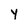
Character: y